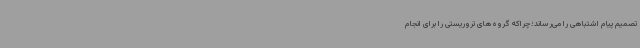
تصمیم پیام اشتباهی را می‌رساند؛ چراکه گروه‌های تروریستی را برای انجام